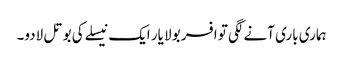
ہماری باری آنے لگی تو افسر بولا یار ایک نیسلے کی بوتل لادو۔